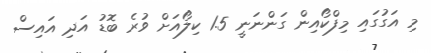
މި އަގުގައި މިފްކޯއިން ގަންނަނީ 1.5 ކިލޯއަށް ވުރެ ބޮޑު އަދި އައިސް